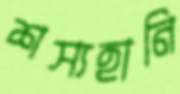
শস্যহানি